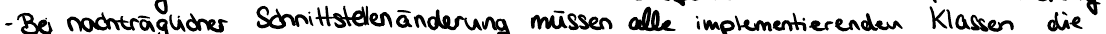
- Bei nachträglicher Schnittstellenänderung müssen alle implementierenden Klassen die